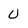
Character: U